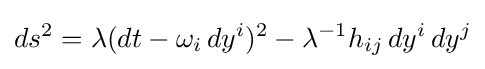
ds^{2}=\lambda (dt-\omega _{i}\,dy^{i})^{2}-\lambda ^{-1}h_{ij}\,dy^{i}\,dy^{j}